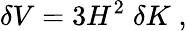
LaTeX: \delta V=3H^{2}\; \delta K\; ,